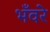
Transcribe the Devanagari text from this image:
भँवरे